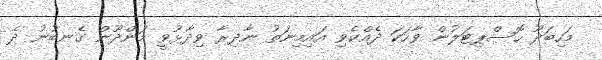
މަހިބަދޫ ހޮސްޕިޓަލުން ވާހަކަ ދެއްކެވި އައިމިނަތު ނާދިރާ ވިދާޅުވީ މަންދޫން ގެނބުނު ދެ